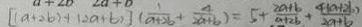
[ ( a + 2 b ) + ( 2 a + b ) ] ( \frac { 1 } { a + 2 b } + \frac { 4 } { 2 a + b } ) = 5 + \frac { 2 a + b } { a + 2 b } + \frac { 4 ( a + 2 b ) } { 2 a + b }